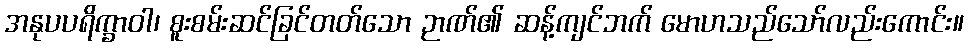
အနုပပရိက္ခာဝါ၊ စူးစမ်းဆင်ခြင်တတ်သော ဉာဏ်၏ ဆန့်ကျင်ဘက် မောဟသည်သော်လည်းကောင်း။